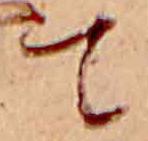
て